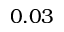
0 . 0 3